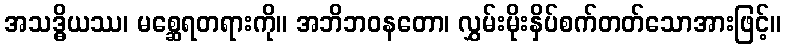
အသဒ္ဓိယဿ၊ မစ္ဆေရတရားကို။ အဘိဘဝနတော၊ လွှမ်းမိုးနှိပ်စက်တတ်သောအားဖြင့်။